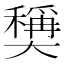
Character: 𡚕